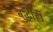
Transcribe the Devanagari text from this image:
बुद्धीही